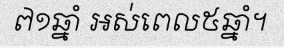
៧១ឆ្នាំ អស់ពេល៥ឆ្នាំ។